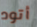
أتود